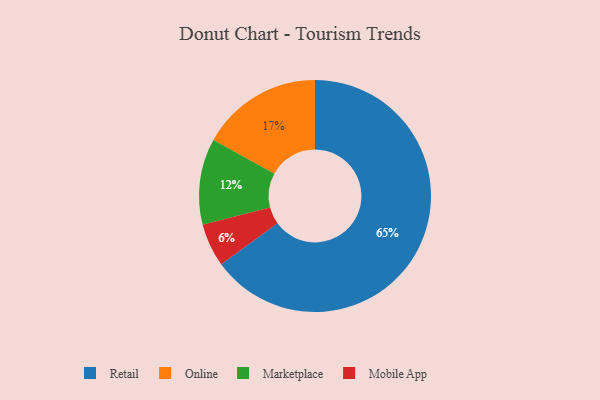
{"axis": {"x": "Category", "y": "Percentage"}, "legend": ["Marketplace", "Mobile App", "Online", "Retail"], "data": [{"x": "Marketplace", "y": 12, "type": "Marketplace"}, {"x": "Mobile App", "y": 6, "type": "Mobile App"}, {"x": "Retail", "y": 65, "type": "Retail"}, {"x": "Online", "y": 17, "type": "Online"}]}